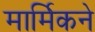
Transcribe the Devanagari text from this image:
मार्मिकने